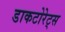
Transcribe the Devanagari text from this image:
डाकटोरेट्स